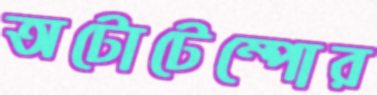
অটোটেম্পোর